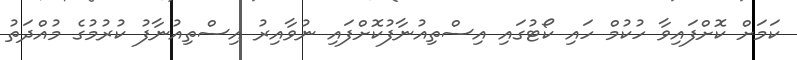
ކަމަށް ކޮށްފައިވާ ހުކުމް ހައި ކޯޓުގައި އިސްތިއުނާފުކޮށްފައި ނުވާއިރު އިސްތިއުނާފު ކުރުމުގެ މުއްދަތު